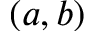
( a , b )